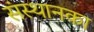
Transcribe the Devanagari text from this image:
संस्थानका